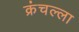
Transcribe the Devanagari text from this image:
क्रंचल्ला